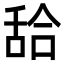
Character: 𦧛